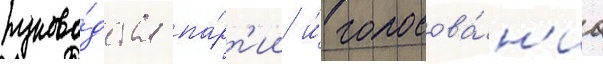
руково́дства па́рт'ии и́ голосова́н'иа